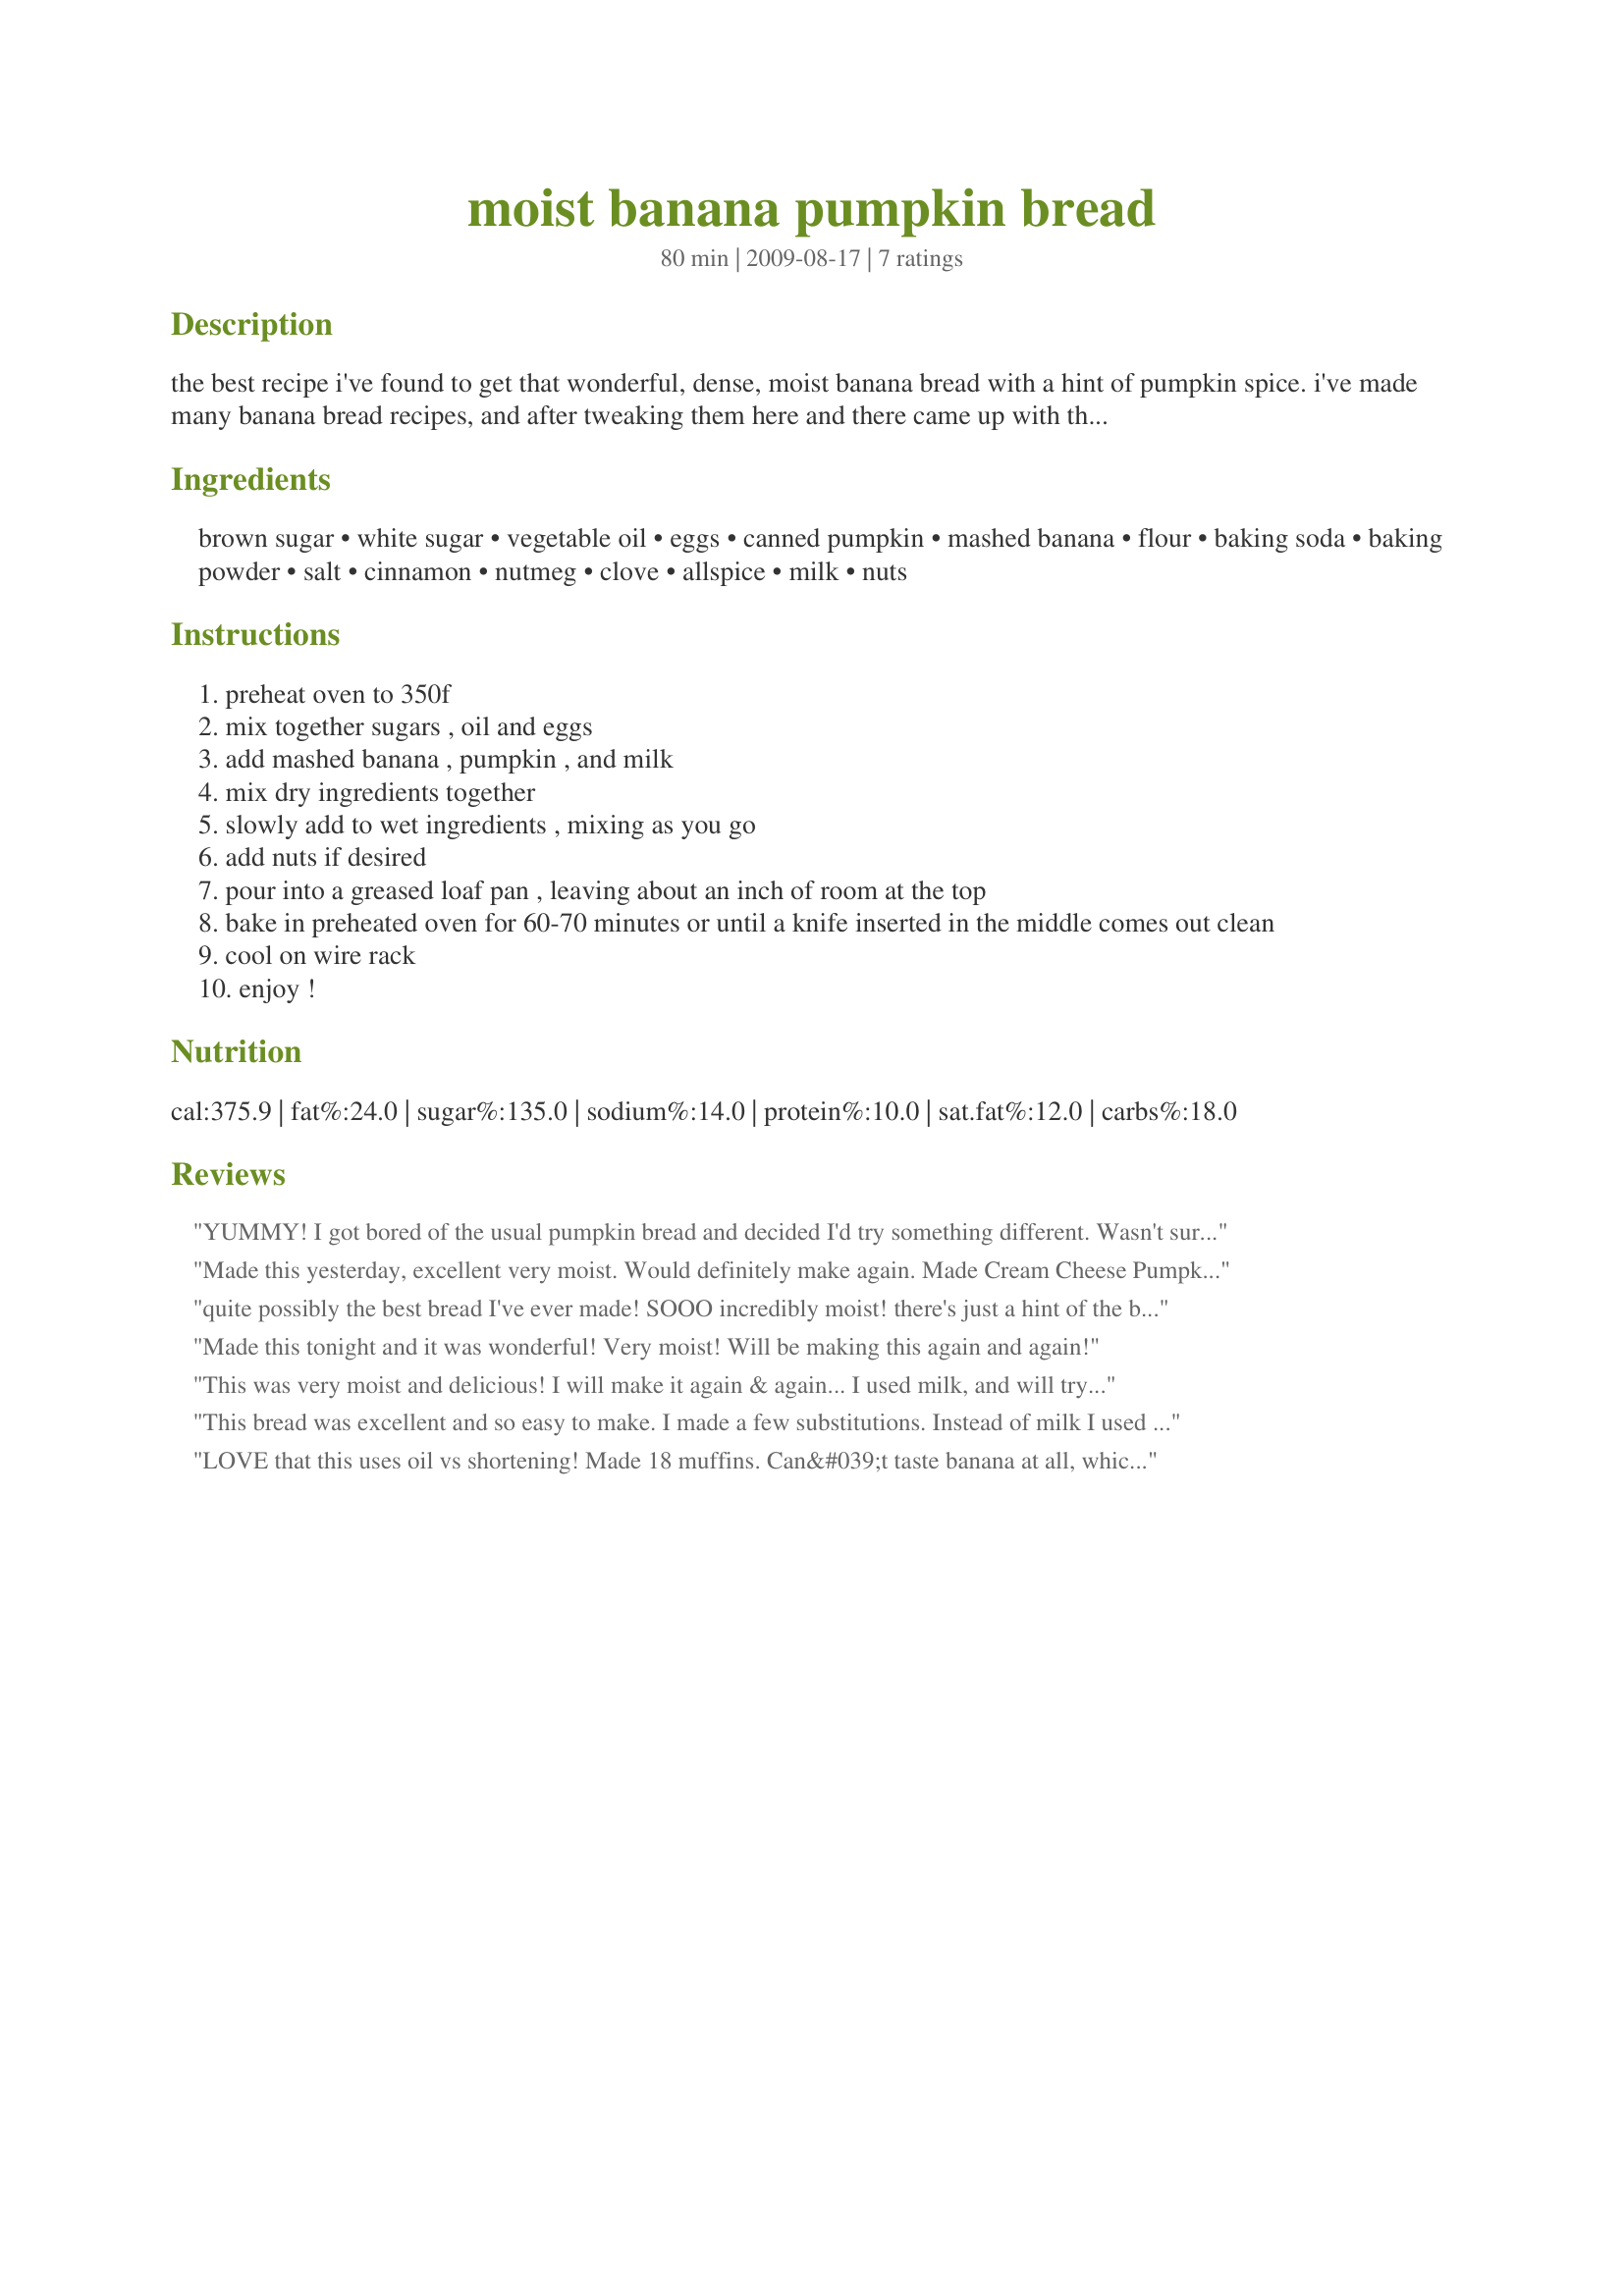
moist banana pumpkin bread
Preparation time: 80 minutes

the best recipe i've found to get that wonderful, dense, moist banana bread with a hint of pumpkin spice. i've made many banana bread recipes, and after tweaking them here and there came up with this one that every asks for again and again.

Ingredients:
brown sugar, white sugar, vegetable oil, eggs, canned pumpkin, mashed banana, flour, baking soda, baking powder, salt, cinnamon, nutmeg, clove, allspice, milk, nuts

Steps:
preheat oven to 350f
mix together sugars , oil and eggs
add mashed banana , pumpkin , and milk
mix dry ingredients together
slowly add to wet ingredients , mixing as you go
add nuts if desired
pour into a greased loaf pan , leaving about an inch of room at the top
bake in preheated oven for 60-70 minutes or until a knife inserted in the middle comes out clean
cool on wire rack
enjoy !

Reviews:
YUMMY! I got bored of the usual pumpkin bread and decided I'd try something different. Wasn't sure how well pumpkin would go with bananas but I'm glad I tried it! Very moist, very delicious! :) Thank you so much for this recipe!
Made this yesterday, excellent very moist. Would definitely make again. Made Cream Cheese Pumpkin butter to spread on it.
quite possibly the best bread I've ever made! SOOO incredibly moist! there's just a hint of the bananna- we love to slice it- spread with peanut butter and drizzle with honey or agave!
Made this tonight and it was wonderful! Very moist! Will be making this again and again!
This was very moist and delicious! I will make it again & again... I used milk, and will try the yogurt next time - just to check out the difference. The only thing I'd change is the spices... it was VERY pumpkin spicy & I may back off on the quantities just a bit next time. I love the idea of cream cheese pumpkin butter mentioned in another review. :) Cheers!
This bread was excellent and so easy to make. I made a few substitutions. Instead of milk I used sour cream and instead of all the spices I just used 1 1/2 teaspoons of pumpkin pie spice and 1 teaspoon of cinnamon. You definently need to give this one a try!
LOVE that this uses oil vs shortening! Made 18 muffins. Can&#039;t taste banana at all, which is ok. Spice is definitely more than a hint, as listed in recipe, but fine as is. I did use nuts and also threw in some mini chocolate chips, which I wd not do again. They are just lost in the harvest flavors.
